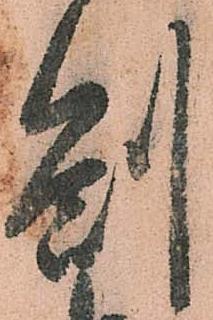
箚